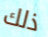
ذلك